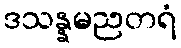
ဒသန္နမညတရံ